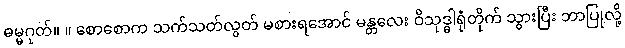
ဓမ္မဂုတ်။ ။ စောစောက သက်သတ်လွတ် မစားရအောင် မန္တလေး ဝိသုဒ္ဓါရုံတိုက် သွားပြီး ဘာပြုလို့